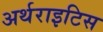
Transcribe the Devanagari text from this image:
अर्थराइटिस